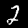
Digit: 2